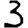
Digit: 3